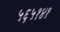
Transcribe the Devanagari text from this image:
५६५१४१